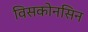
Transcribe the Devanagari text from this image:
विसकोनसिन